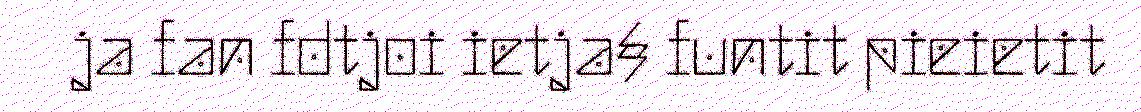
ja fan fdtjoi ietja§ funtit pieietit